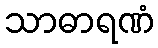
သာဓာရဏံ